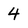
Character: 4